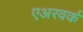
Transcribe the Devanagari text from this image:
एअरवर्क